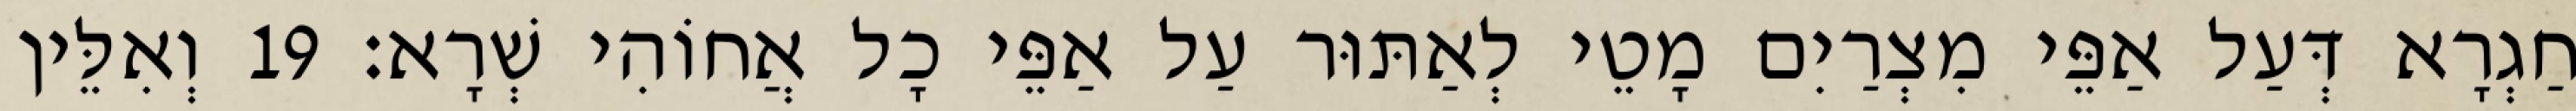
חַגְרָא דְּעַל אַפֵּי מִצְרַיִם מָטֵי לְאַתּוּר עַל אַפֵּי כָל אֲחוֹהִי שְׁרָא׃ 19 וְאִלֵּין